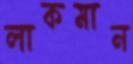
লাকমান